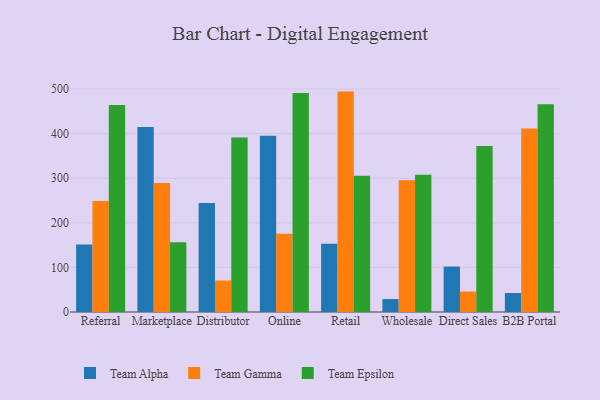
{"axis": {"x": "Channel", "y": "Energy Usage (MWh)"}, "legend": ["Team Alpha", "Team Epsilon", "Team Gamma"], "data": [{"x": "Referral", "y": 151.5, "type": "Team Alpha"}, {"x": "Referral", "y": 248.9, "type": "Team Gamma"}, {"x": "Referral", "y": 464.3, "type": "Team Epsilon"}, {"x": "Marketplace", "y": 414.9, "type": "Team Alpha"}, {"x": "Marketplace", "y": 289.2, "type": "Team Gamma"}, {"x": "Marketplace", "y": 156.3, "type": "Team Epsilon"}, {"x": "Distributor", "y": 244.6, "type": "Team Alpha"}, {"x": "Distributor", "y": 70.7, "type": "Team Gamma"}, {"x": "Distributor", "y": 391.5, "type": "Team Epsilon"}, {"x": "Online", "y": 395.1, "type": "Team Alpha"}, {"x": "Online", "y": 175.4, "type": "Team Gamma"}, {"x": "Online", "y": 491.3, "type": "Team Epsilon"}, {"x": "Retail", "y": 153.2, "type": "Team Alpha"}, {"x": "Retail", "y": 494.2, "type": "Team Gamma"}, {"x": "Retail", "y": 305.5, "type": "Team Epsilon"}, {"x": "Wholesale", "y": 29.0, "type": "Team Alpha"}, {"x": "Wholesale", "y": 295.2, "type": "Team Gamma"}, {"x": "Wholesale", "y": 307.5, "type": "Team Epsilon"}, {"x": "Direct Sales", "y": 101.9, "type": "Team Alpha"}, {"x": "Direct Sales", "y": 45.9, "type": "Team Gamma"}, {"x": "Direct Sales", "y": 372.1, "type": "Team Epsilon"}, {"x": "B2B Portal", "y": 42.5, "type": "Team Alpha"}, {"x": "B2B Portal", "y": 411.2, "type": "Team Gamma"}, {"x": "B2B Portal", "y": 466.1, "type": "Team Epsilon"}]}